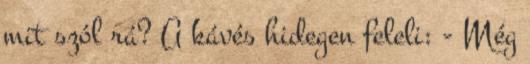
mit szól rá? A kávés hidegen feleli: - Még